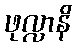
ဖုလ္လာနိ